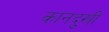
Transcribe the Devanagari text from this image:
कानदुखी